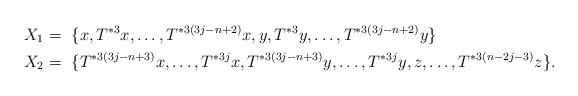
LaTeX: \begin{align*} X_{1} &=~\{x, T^{*3}x ,\ldots, T^{*3(3j-n+2)}x, y, T^{*3}y ,\ldots, T^{*3(3j-n+2)}y\}\\ X_{2} &=~\{T^{*3(3j-n+3)}x ,\ldots,T^{*3j}x, T^{*3(3j-n+3)}y ,\ldots, T^{*3j}y, z,\ldots, T^{*3(n-2j-3)}z\}.\end{align*}